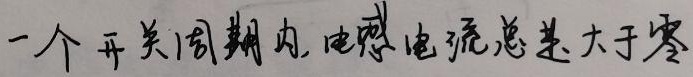
一个开关周期内, 电感电流总差大于零